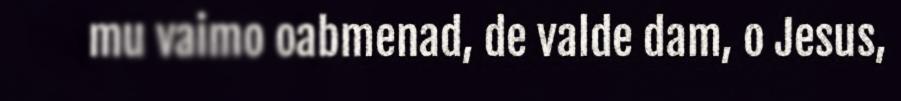
mu vaimo oabmenad, de valde dam, o Jesus,